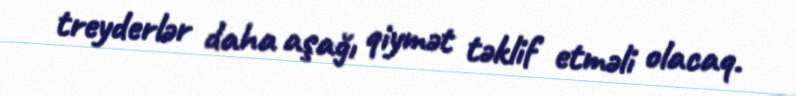
treyderlər daha aşağı qiymət təklif etməli olacaq.